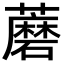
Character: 蘑